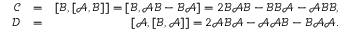
\begin{array} { r l r } { \mathcal { C } } & { = } & { [ \mathcal { B } , [ \mathcal { A } , \mathcal { B } ] ] = [ \mathcal { B } , \mathcal { A } \mathcal { B } - \mathcal { B } \mathcal { A } ] = 2 \mathcal { B } \mathcal { A } \mathcal { B } - \mathcal { B } \mathcal { B } \mathcal { A } - \mathcal { A } \mathcal { B } \mathcal { B } , } \\ { \mathcal { D } } & { = } & { [ \mathcal { A } , [ \mathcal { B } , \mathcal { A } ] ] = 2 \mathcal { A } \mathcal { B } \mathcal { A } - \mathcal { A } \mathcal { A } \mathcal { B } - \mathcal { B } \mathcal { A } \mathcal { A } . } \end{array}